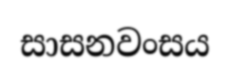
සාසනවංසය